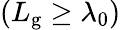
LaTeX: (L_{\mathrm{g}}\ge\lambda_{0})